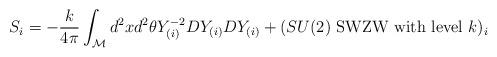
LaTeX: \begin{align*}S_i=-\frac{k}{4\pi}\int_{\cal M}d^2xd^2\theta Y_{(i)}^{-2}DY_{(i)}DY_{(i)} + (SU(2)\mbox{~SWZW with level~} k )_i\end{align*}